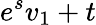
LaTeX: e^{s}v_{1}+t